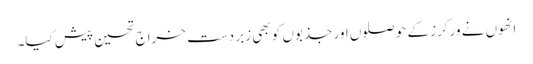
انھوں نے ورکرز کے حوصلوں اور جذبوں کو بھی زبر دست خراج تحسین پیش کیا۔